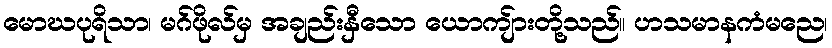
မောဃပုရိသာ၊ မဂ်ဖိုလ်မှ အချည်းနှီသော ယောကျ်ားတို့သည်။ ဟသမာနကံမညေ၊